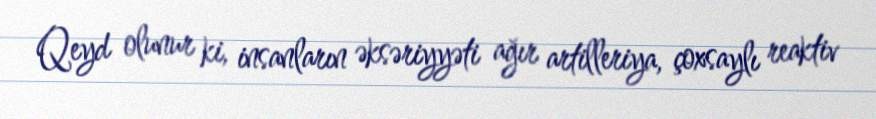
Qeyd olunur ki, insanların əksəriyyəti ağır artilleriya, çoxsaylı reaktiv